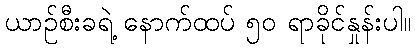
ယာဉ်စီးခရဲ့ နောက်ထပ် ၅၀ ရာခိုင်နှုန်းပါ။